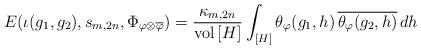
LaTeX: \begin{align*}E(\iota(g_1,g_2),s_{m,2n},\Phi_{\varphi \otimes \overline{\varphi}}) = \frac{\kappa_{m,2n}}{\mathrm{vol} \, [H]} \int_{[H]} \theta_{\varphi}(g_1,h) \, \overline{\theta_{\varphi}(g_2,h)} \, dh\end{align*}